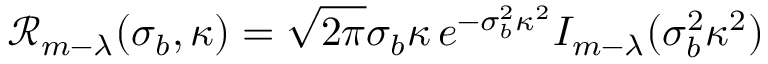
\mathcal { R } _ { m - \lambda } ( \sigma _ { b } , \kappa ) = \sqrt { 2 \pi } \sigma _ { b } \kappa \, e ^ { - \sigma _ { b } ^ { 2 } \kappa ^ { 2 } } I _ { m - \lambda } ( \sigma _ { b } ^ { 2 } \kappa ^ { 2 } )